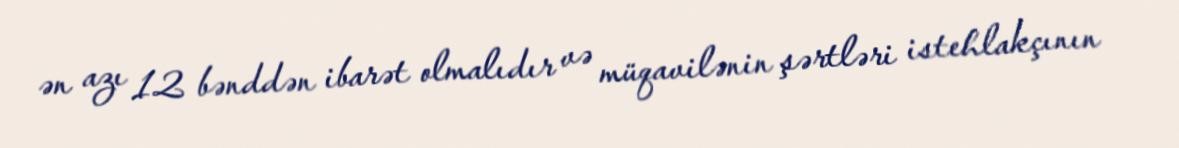
ən azı 12 bənddən ibarət olmalıdır və müqavilənin şərtləri istehlakçının